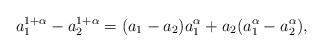
LaTeX: \begin{align*}a_{1}^{1+ \alpha}- a_{2}^{1+ \alpha}= (a_{1}- a_{2})a_{1}^{\alpha}+ a_{2}(a_{1}^{\alpha}- a_{2}^{\alpha}),\end{align*}